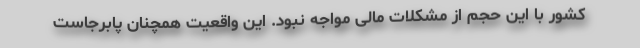
کشور با این حجم از مشکلات مالی مواجه نبود. این واقعیت همچنان پابرجاست